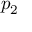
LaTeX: \boldsymbol { p _ { 2 } }